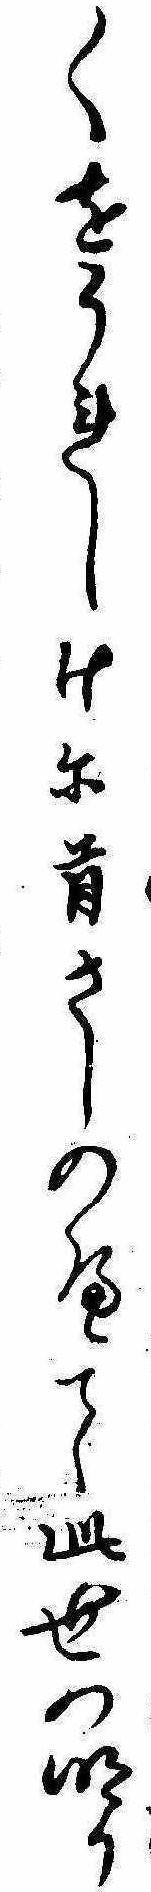
〱をうれしけに首さしのへて此世の明り